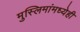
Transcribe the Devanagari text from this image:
मुस्लिमांमध्येही